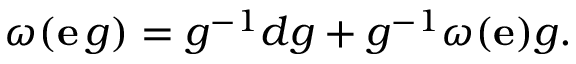
\omega ( \mathbf { e } \, g ) = g ^ { - 1 } d g + g ^ { - 1 } \omega ( \mathbf { e } ) g .